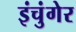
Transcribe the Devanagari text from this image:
इंचुंगेर